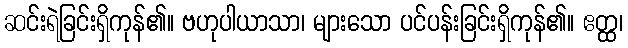
ဆင်းရဲခြင်းရှိကုန်၏။ ဗဟုပါယာသာ၊ များသော ပင်ပန်းခြင်းရှိကုန်၏။ ဧတ္ထ၊